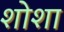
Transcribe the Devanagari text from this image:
शोशा